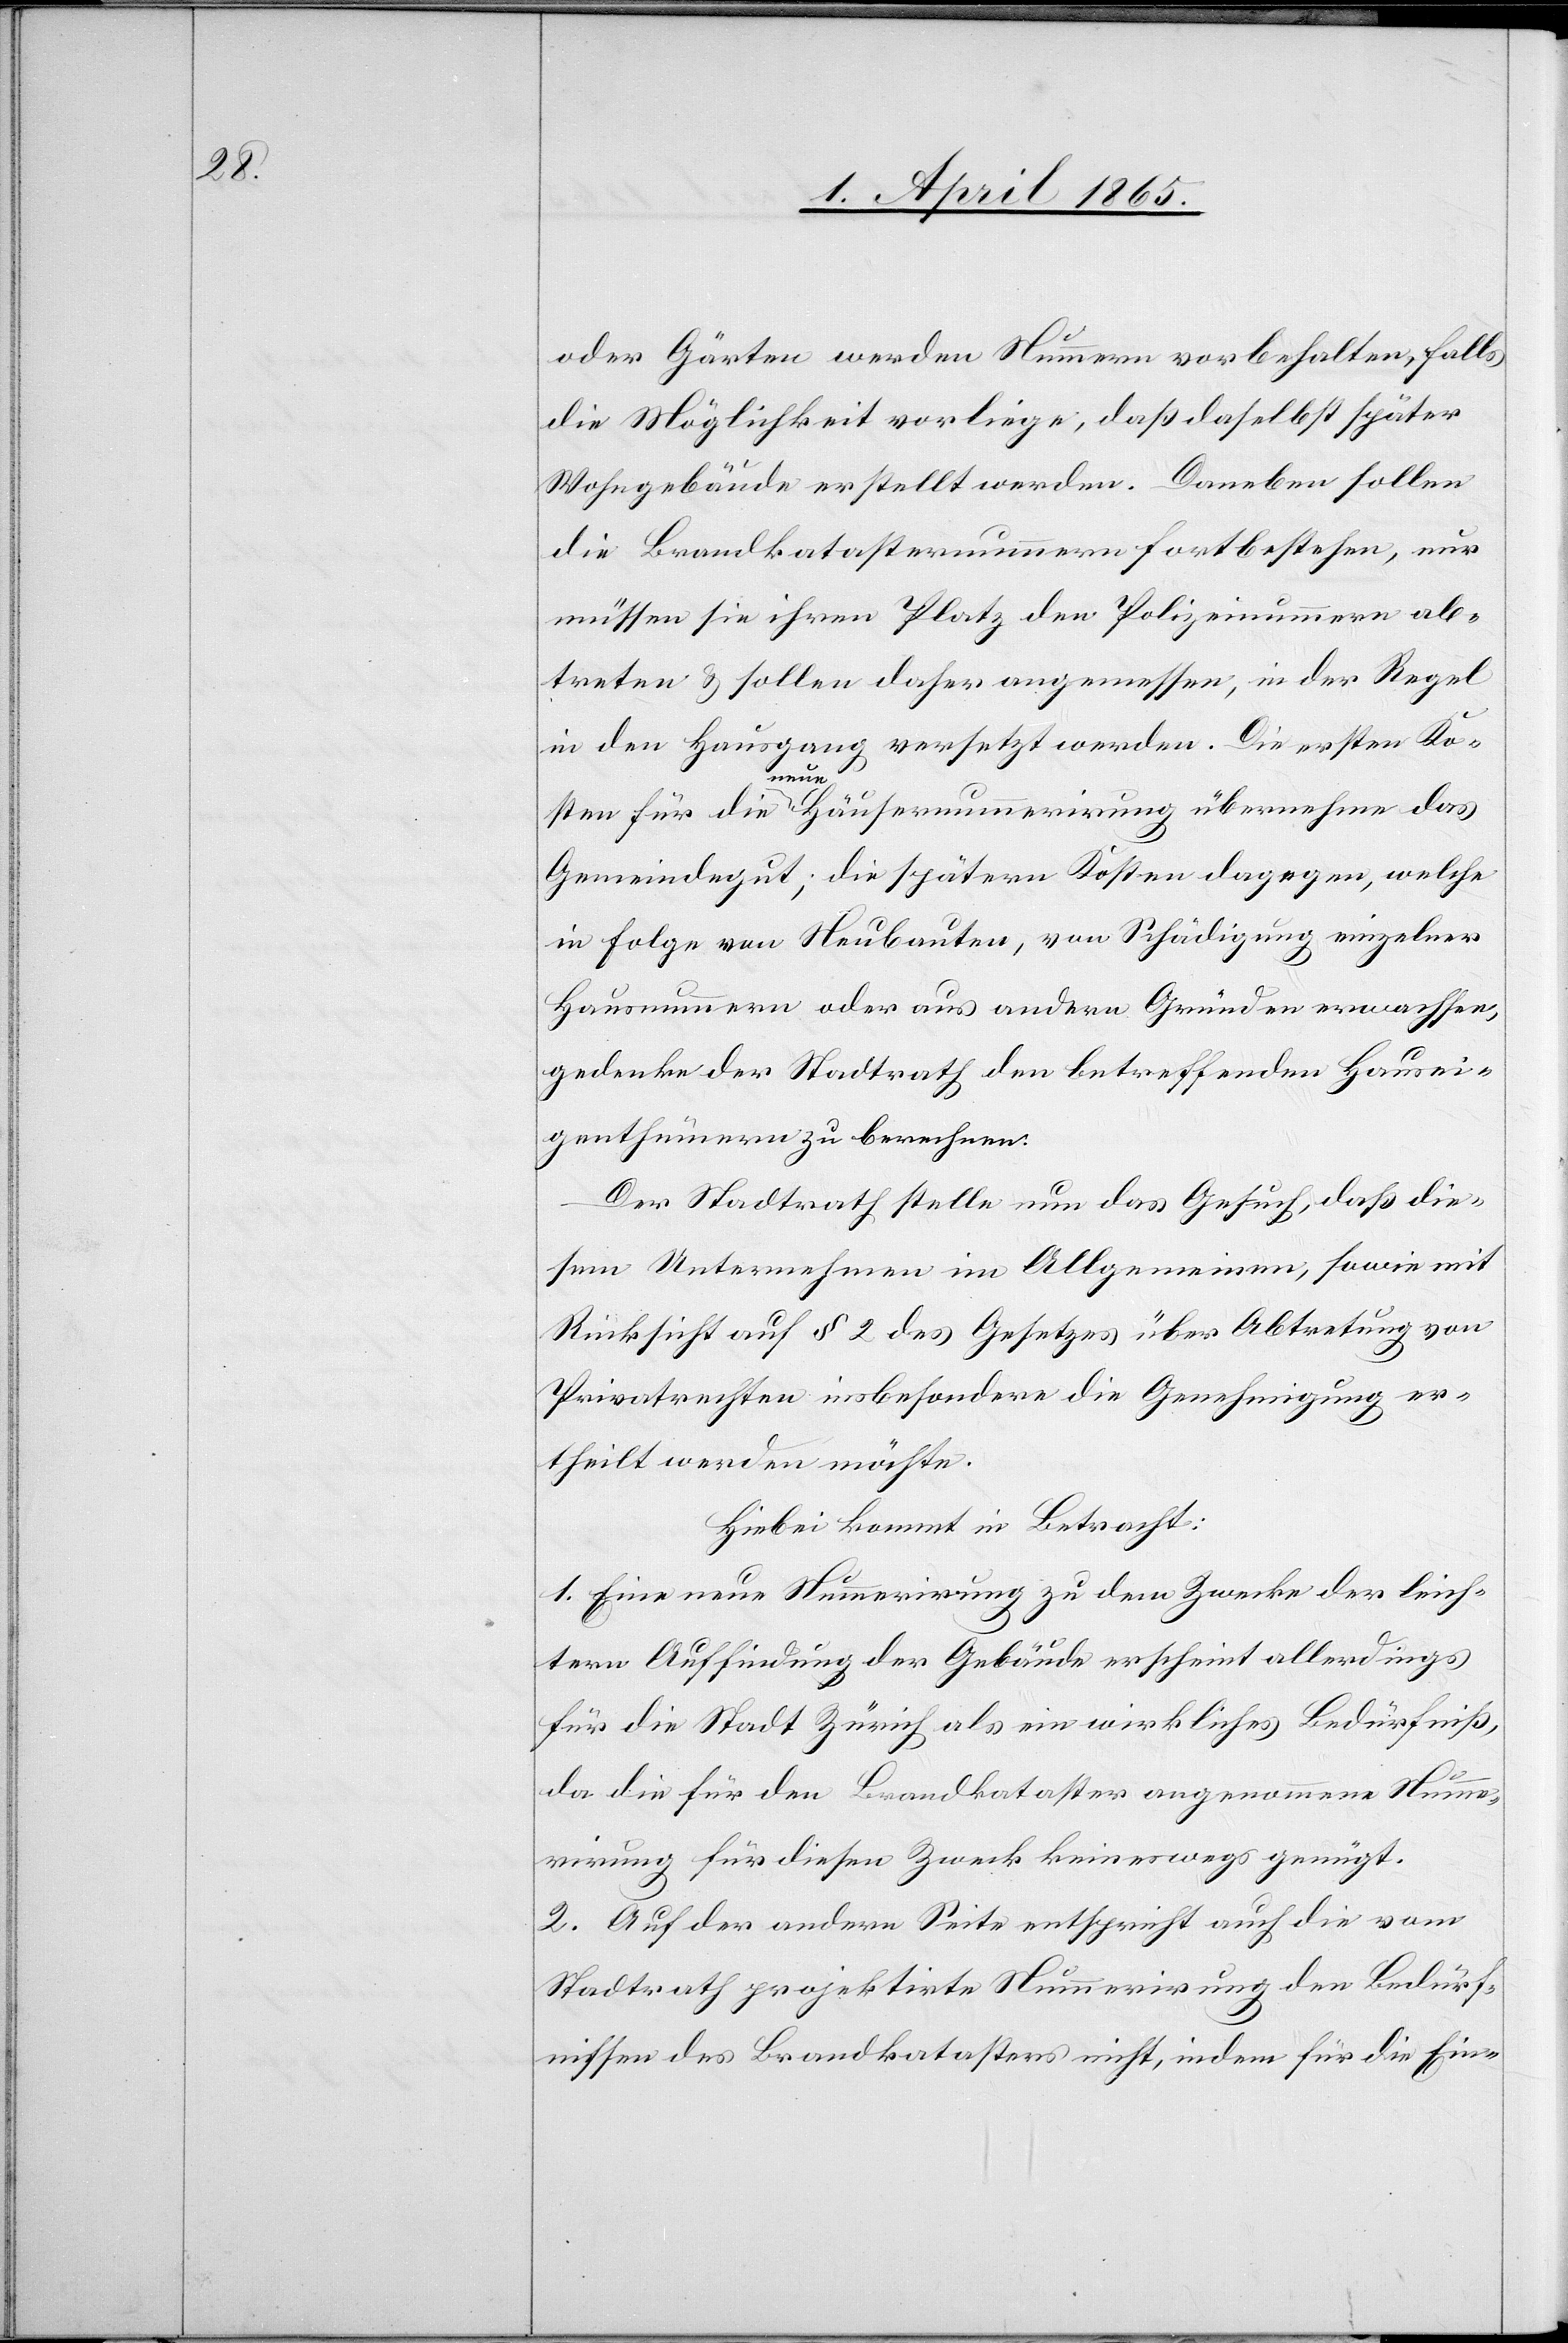
oder Gärten werden Nummern vorbehalten, falls
die Möglichkeit vorliege, daß daselbst später
Wohngebäude erstellt werden. Daneben sollen
die Brandkatasternummern fortbestehen, nur
müssen sie ihren Platz den Polizeinummern ab¬
treten & sollen daher angemessen, in der Regel
gang versetzt werden. Die ersten Ko¬
in den Haus¬
sten für die neue Häusernummerirung übernehme das
Gemeindegut; die spätern Kosten dagegen, welche
in Folge von Neubauten, von Schädigung einzelner
Hausnummern oder aus andern Gründen erwachsen,
gedenke der Stadtrath den betreffenden Hausei¬
genthümern zu berechnen.
Der Stadtrath stelle nun das Gesuch, daß die¬
sem Unternehmen im Allgemeinen, sowie mit
Rücksicht auf § 2 des Gesetzes über Abtretung von
Privatrechten insbesondere die Genehmigung er¬
theilt werden möchte.
Hiebei kommt in Betracht:
1. Eine neue Nummerirung zu dem Zwecke der leich¬
tern Auffindung der Gebäude erscheint allerdings
für die Stadt Zürich als ein wirkliches Bedürfniß,
da die für den Brandkataster angenommene Numme¬
rirung für diesen Zweck keineswegs genügt.
2. Auf der andern Seite entspricht auch die vom
Stadtrath projektirte Nummerirung den Bedürf¬
nissen des Brandkatasters nicht, indem für die Ein-